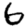
Digit: 6